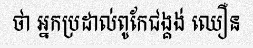
ថា អ្នកប្រដាល់ពូកែជង្គង់ ឈឿន